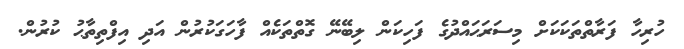
ހުރިހާ ފަރާތްތަކަކަށް މިސަރަޙައްދުގެ ފަހިކަން ލިބޭނޭ ގޮތްތަކެއް ފާހަގަކުރުން އަދި އިފްތިތާޙު ކުރުން.